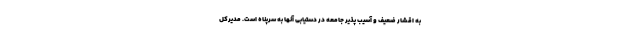
به اقشار ضعیف و آسیب پذیر جامعه در دستیابی آنها به سرپناه است. مدیرکل